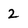
Character: 2